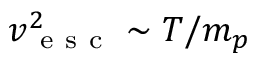
v _ { \mathrm { ~ e ~ s ~ c ~ } } ^ { 2 } \sim T / m _ { p }